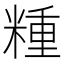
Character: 𥻝